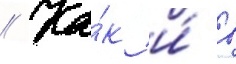
// Ка́к и́ в